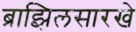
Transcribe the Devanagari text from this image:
ब्राझिलसारखे